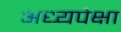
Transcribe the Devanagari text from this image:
अध्यपेक्षा